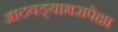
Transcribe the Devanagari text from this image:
आठवड्याभरापेक्षा